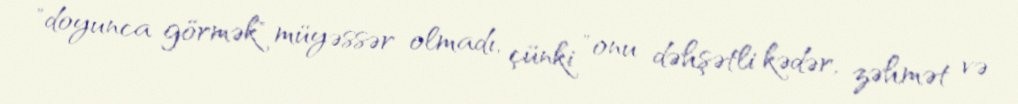
"doyunca görmək" müyəssər olmadı, çünki "onu dəhşətli kədər, zəhmət və